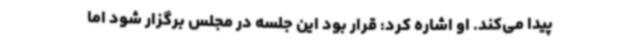
پیدا می‌کند. او اشاره کرد: قرار بود این جلسه در مجلس برگزار شود اما